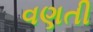
વણતી